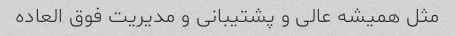
مثل همیشه عالی و پشتیبانی و مدیریت فوق العاده